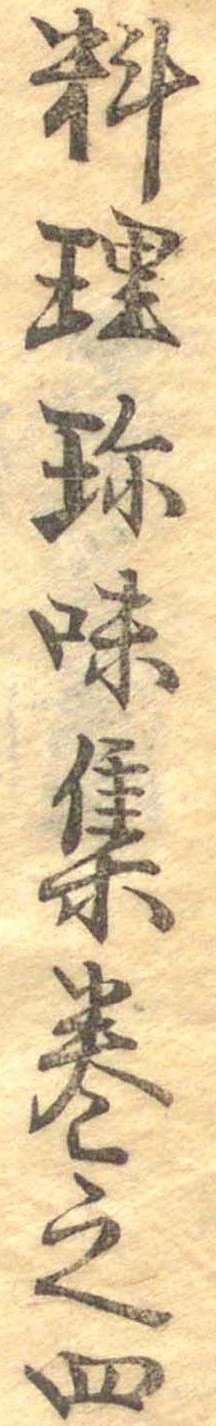
料理珍味集巻之四